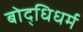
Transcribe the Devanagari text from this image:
बोद्धिधर्म